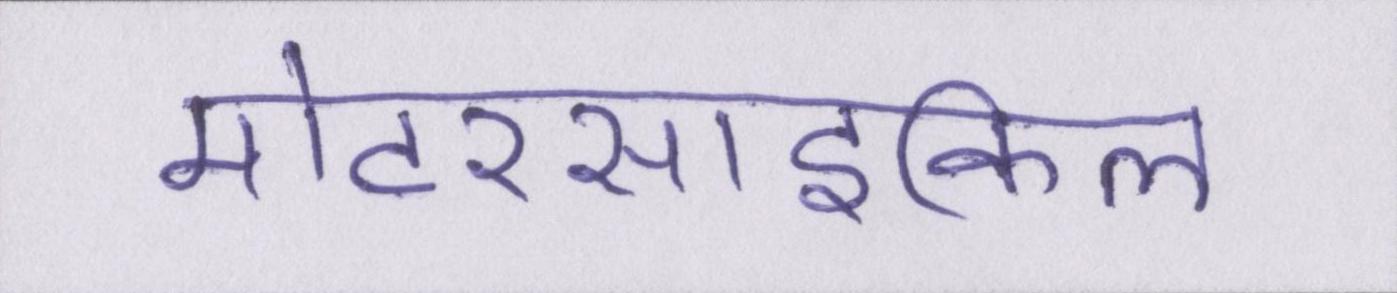
मोटरसाइकिल